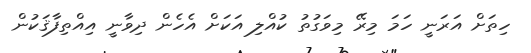
ހިތަށް އަރަނީ ހަމަ މިރޭ މިވަގުތު ކުއްލި އަކަށް އެހެން ދިވާނީ އިއްތިފާޤަކުން